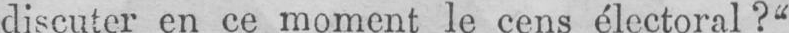
discuter en ce moment le cens électoral?“